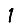
Digit: 1